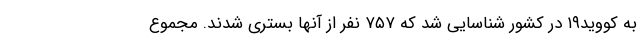
به کووید۱۹ در کشور شناسایی شد که ۷۵۷ نفر از آنها بستری شدند. مجموع